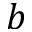
b